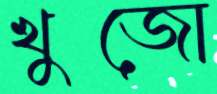
খুজো